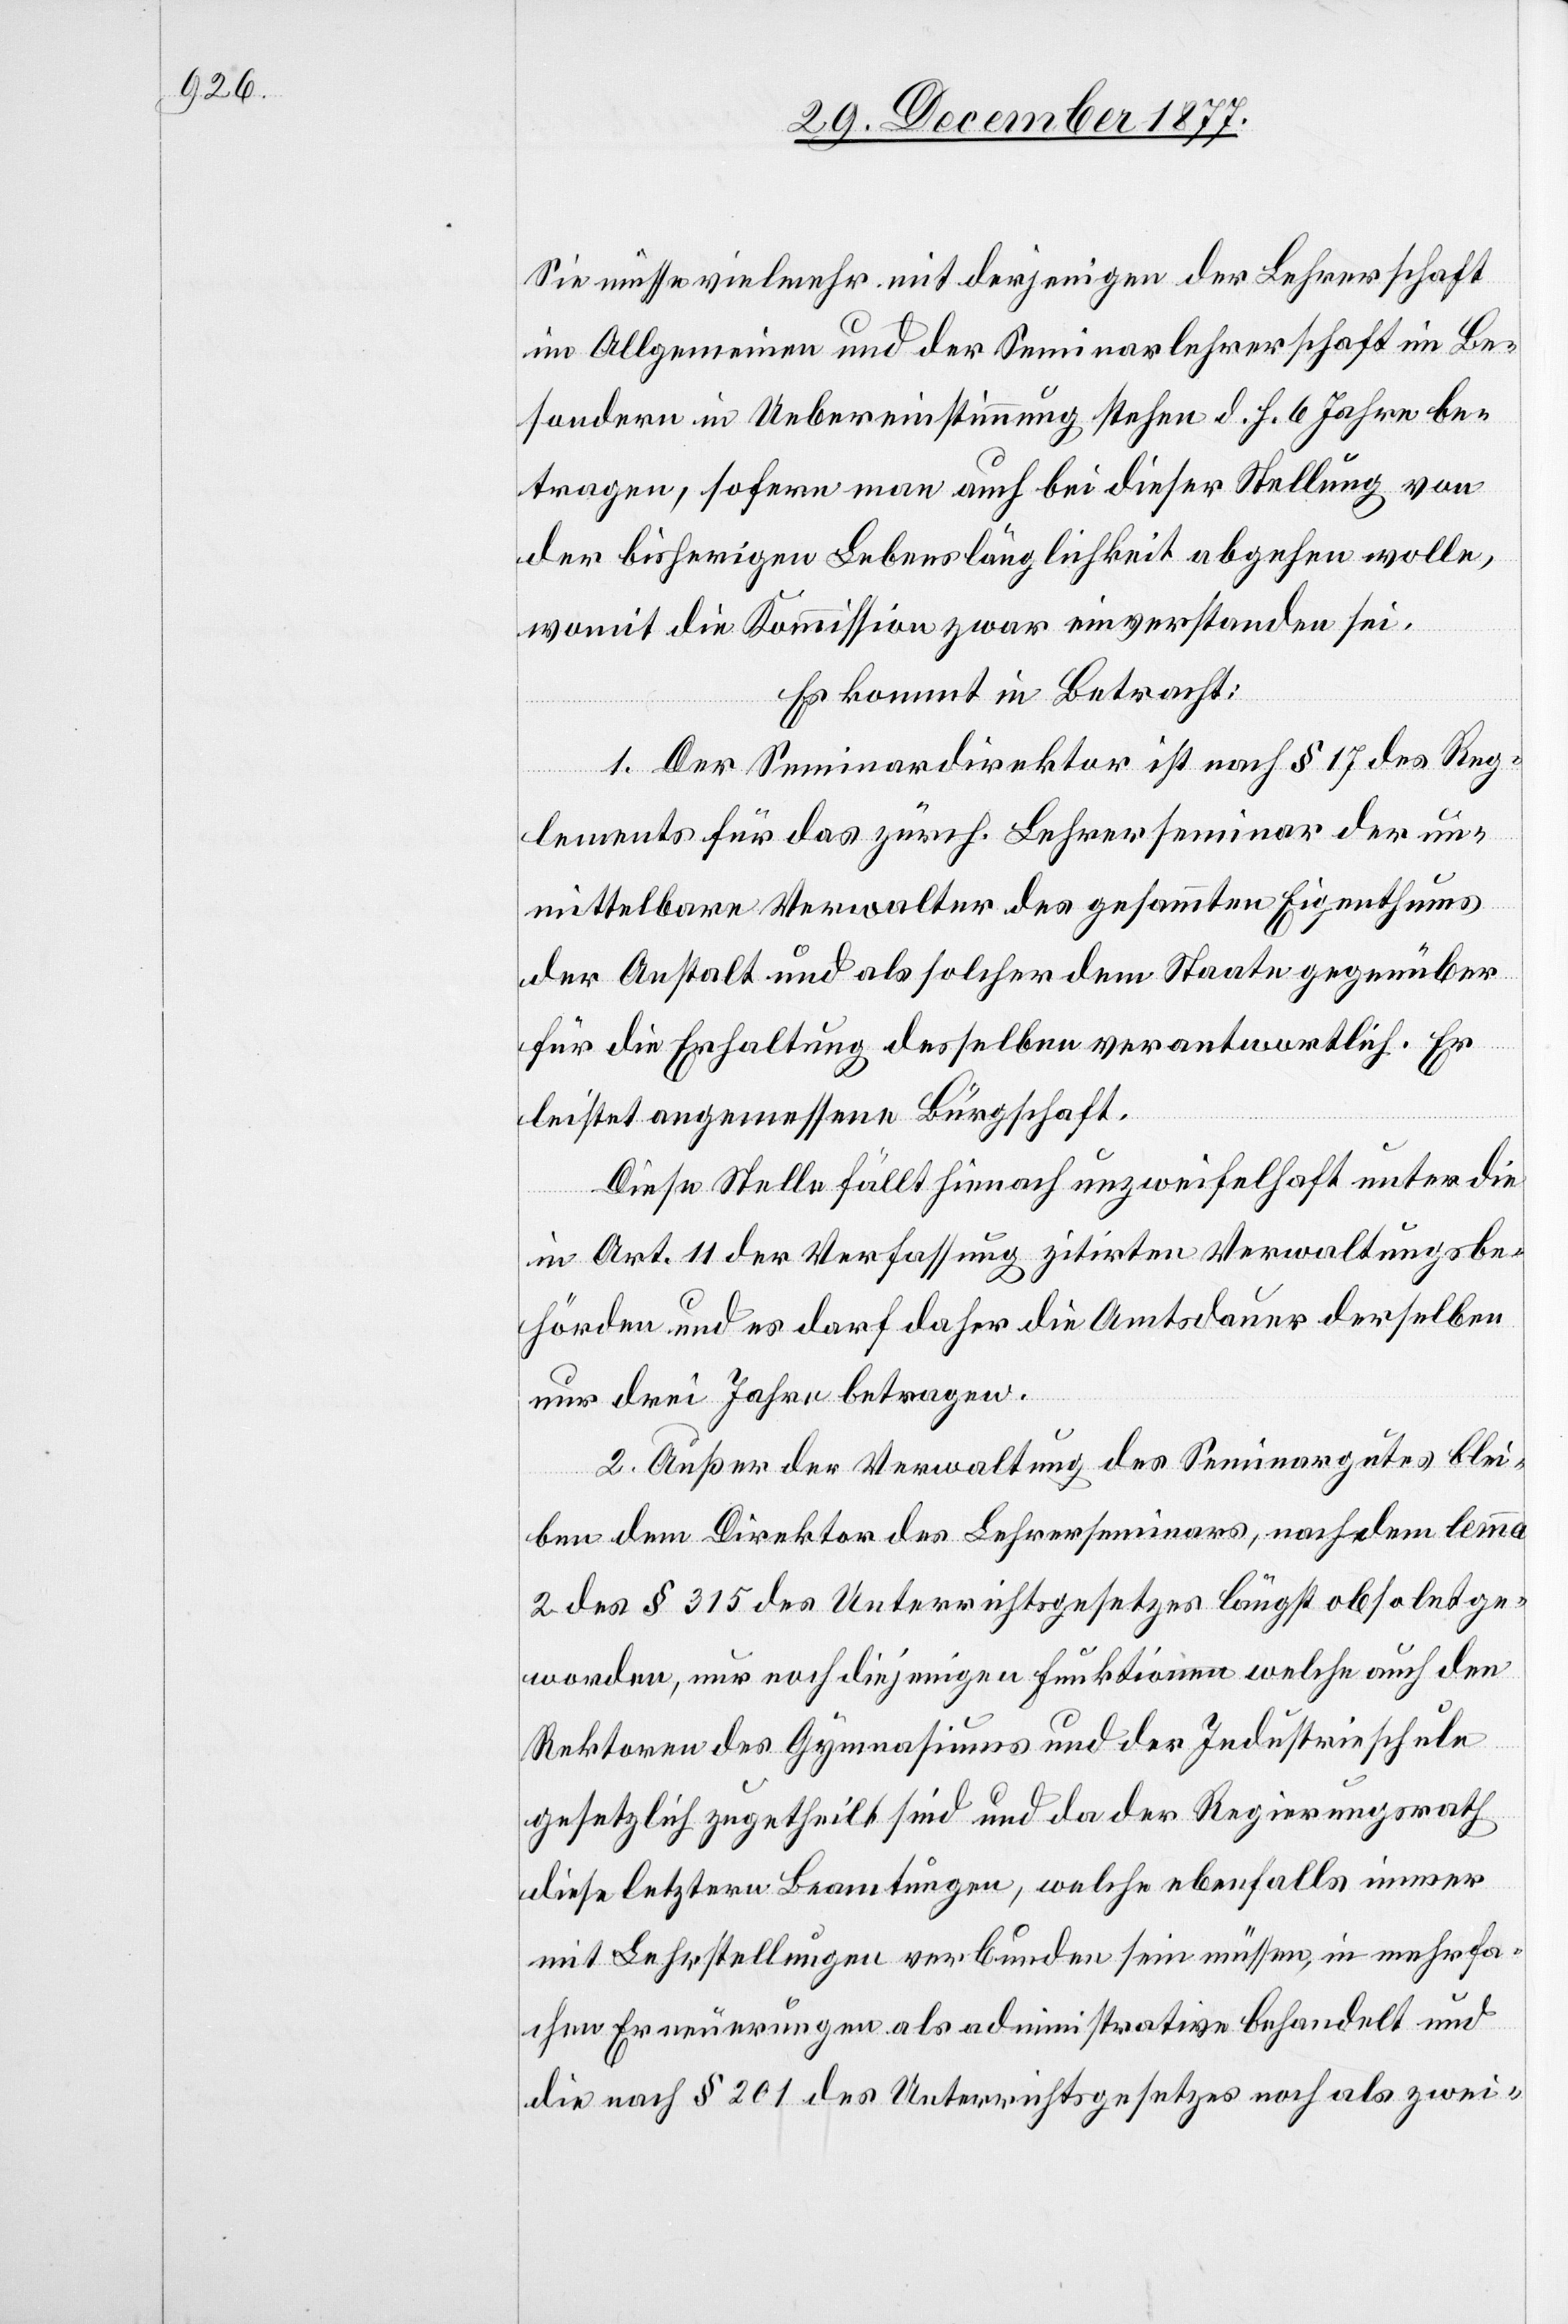
Sie müsse vielmehr mit derjenigen der Lehrerschaft
im Allgemeinen und der Seminarlehrerschaft im Be¬
sondern in Uebereinstimmung stehen d. h. 6 Jahre be¬
tragen, sofern man auch bei dieser Stellung von
der bisherigen Lebenslänglichkeit abgehen wolle,
womit die Kommission zwar einverstanden sei.
Es kommt in Betracht:
1. Der Seminardirektor ist nach § 17 des Reg¬
lements für das zürch. Lehrerseminar der un¬
mittelbare Verwalter des gesammten Eigenthums
der Anstalt und als solcher dem Staate gegenüber
für die Erhaltung desselben verantwortlich. Er
leistet angemessene Bürgschaft.
Diese Stelle fällt hienach unzweifelhaft unter die
in Art. 11 der Verfassung zitirten Verwaltungsbe¬
hörden und es darf daher die Amtsdauer derselben
nur drei Jahre betragen.
2. Außer der Verwaltung des Seminargutes blei¬
ben dem Direktor des Lehrerseminars, nach dem lemma
2 des § 315 des Unterrichtsgesetzes längst obsolet ge¬
worden, nur noch diejenigen Funktionen welche auch den
Rektoren des Gymnasiums und der Industrieschule
gesetzlich zugetheilt sind und da der Regierungsrath
diese letztern Beamtungen, welche ebenfalls immer
mit Lehrstellungen verbunden sein müssen, in mehrfa¬
chen Erneuerungen als administrative behandelt und
die nach § 201 des Unterrichtsgesetzes noch als zwei-